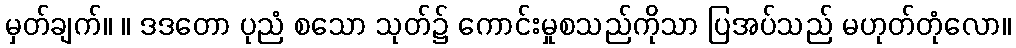
မှတ်ချက်။ ။ ဒဒတော ပုညံ စသော သုတ်၌ ကောင်းမှုစသည်ကိုသာ ပြအပ်သည် မဟုတ်တုံလော။